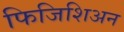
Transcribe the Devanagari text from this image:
फिजिशिअन